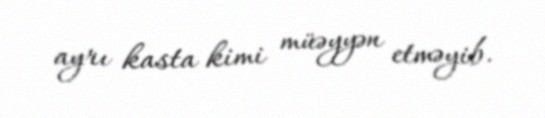
ayrı kasta kimi müəyyən etməyib.